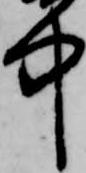
中